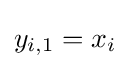
y_{i,1}=x_{i}